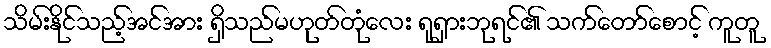
သိမ်းနိုင်သည့်အင်အား ရှိသည်မဟုတ်တုံလေး ရုရှားဘုရင်၏ သက်တော်စောင့် ကူတူ